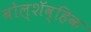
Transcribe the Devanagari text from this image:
बोल्शॅव्हिक